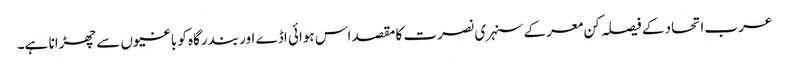
عرب اتحاد کے فیصلہ کن معرکے سنہری نصرت کا مقصد اس ہوائی اڈے اور بندرگاہ کو باغیوں سے چھڑانا ہے۔